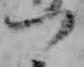
つ